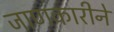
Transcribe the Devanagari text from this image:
जाणकारीने